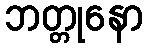
ဘတ္တုနော